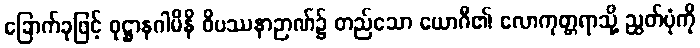
ခြောက်ခုဖြင့် ဝုဋ္ဌာနဂါမိနိ ဝိပဿနာဉာဏ်၌ တည်သော ယောဂီ၏ လောကုတ္တရာသို့ ညွတ်ပုံကို